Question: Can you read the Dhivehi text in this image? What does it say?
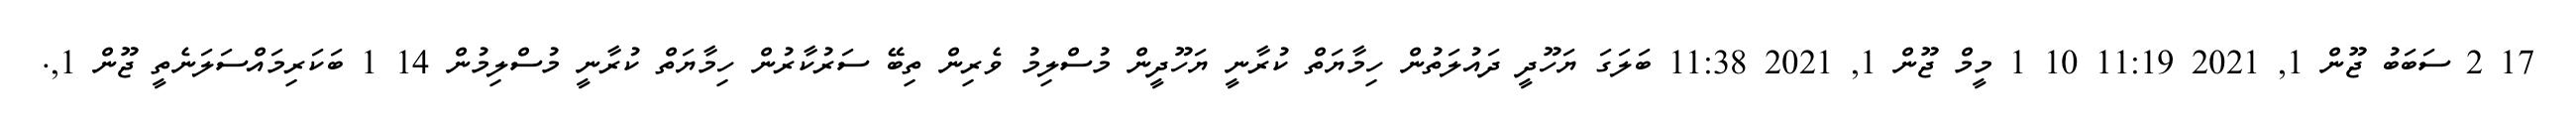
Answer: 17 2 ސަބަބު ޖޫން 1, 2021 11:19 10 1 މީމް ޖޫން 1, 2021 11:38 ބަލަގަ ޔަހޫދީ ދައުލަތުން ހިމާޔަތް ކުރާނީ ޔަހޫދީން މުސްލިމު ވެރިން ތިބޭ ސަރުކާރުން ހިމާޔަތް ކުރާނީ މުސްލިމުން 14 1 ބަކަރިމައްސަލަނެތީ ޖޫން 1,.